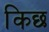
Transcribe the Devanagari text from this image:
किछ